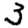
Digit: 3